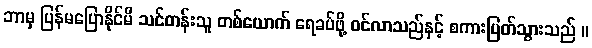
ဘာမှ ပြန်မပြောနိုင်မီ သင်တန်းသူ တစ်ယောက် ရေခပ်ဖို့ ဝင်လာသည်နှင့် စကားပြတ်သွားသည် ။